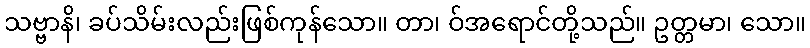
သဗ္ဗာနိ၊ ခပ်သိမ်းလည်းဖြစ်ကုန်သော။ တာ၊ ဝ်အရောင်တို့သည်။ ဥတ္တမာ၊ သော။